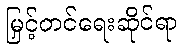
မြှင့်တင်ရေးဆိုင်ရာ